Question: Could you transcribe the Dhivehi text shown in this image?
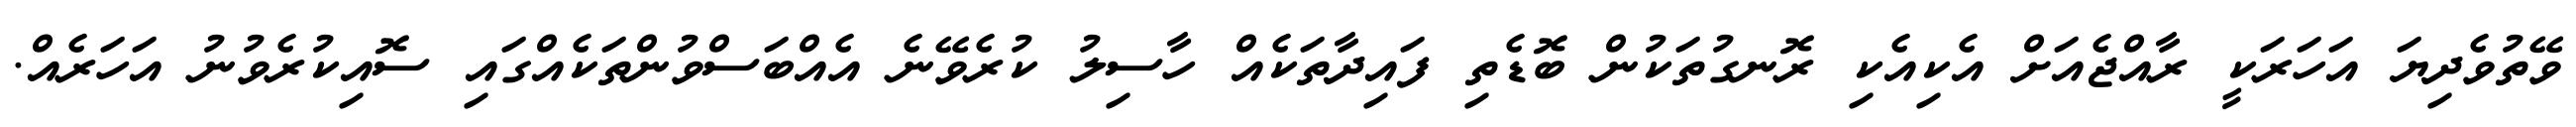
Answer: ވޭތުވެދިޔަ އަހަރަކީ ރާއްޖެއަށް އެކިއެކި ރޮނގުތަކުން ބޮޑެތި ފައިދާތަކެއް ހާސިލު ކުރެވޭނެ އެއްބަސްވުންތަކެއްގައި ސޮއިކުރެވުނު އަހަރެއް.